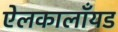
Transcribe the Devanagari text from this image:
ऐलकालाँयड